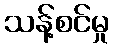
သန့်စင်မှု